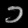
Digit: ၁